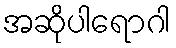
အဆိုပါရောဂါ